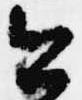
今